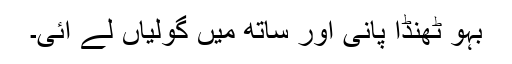
بہو ٹھنڈا پانی اور ساتھ میں گولیاں لے آئی۔